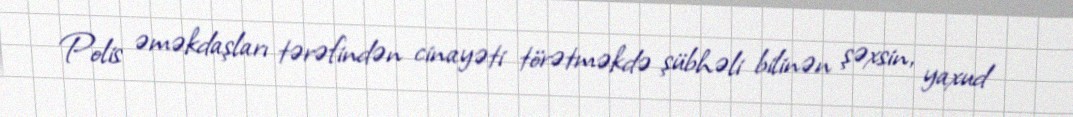
Polis əməkdaşları tərəfindən cinayəti törətməkdə şübhəli bilinən şəxsin, yaxud